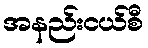
အနည်းငယ်စီ